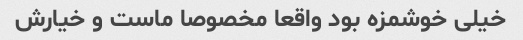
خیلی خوشمزه بود واقعا مخصوصا ماست و خیارش